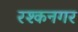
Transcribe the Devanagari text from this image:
रश्कनगर